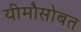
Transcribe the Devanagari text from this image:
यीमौसोबत